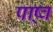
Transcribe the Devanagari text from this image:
पाष्र्व